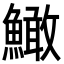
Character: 䲎